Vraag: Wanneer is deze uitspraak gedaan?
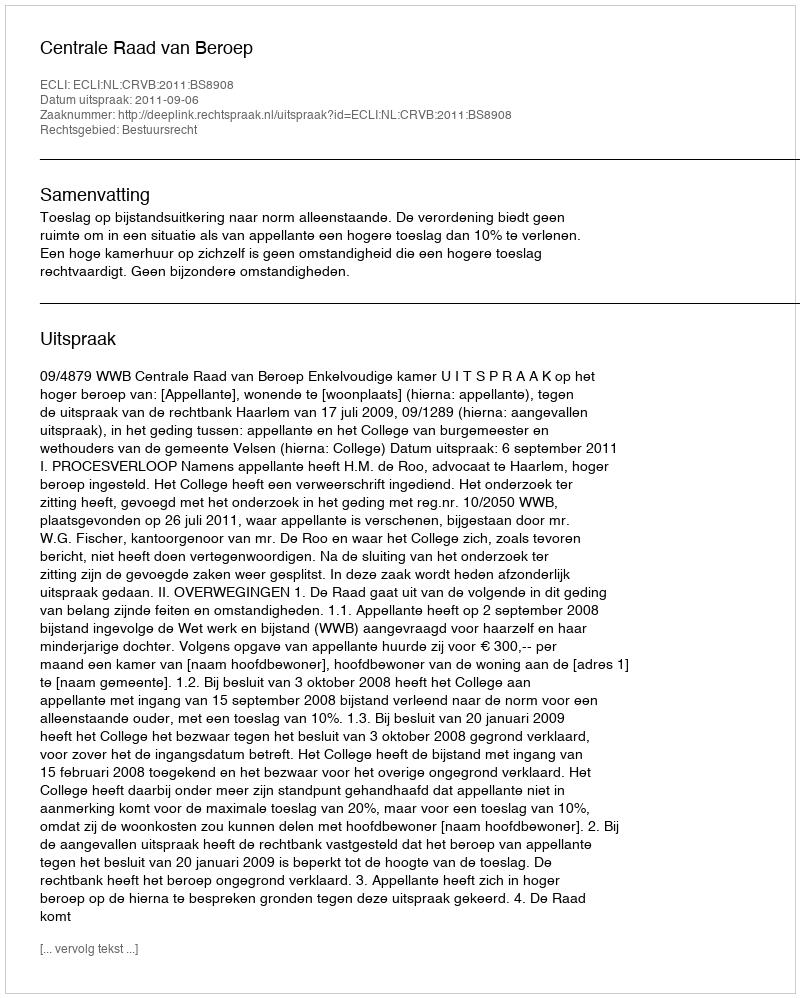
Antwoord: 2011-09-06